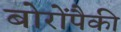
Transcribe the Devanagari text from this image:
बोरोंपैकी